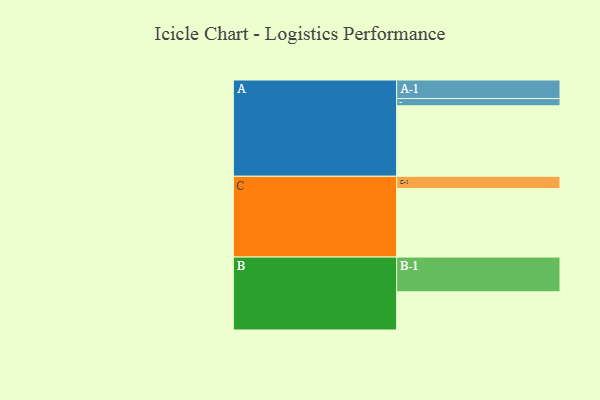
{"axis": {"x": "Segment", "y": "Value"}, "legend": ["", "A", "B", "C"], "data": [{"x": "A", "y": 570, "type": ""}, {"x": "B", "y": 309, "type": ""}, {"x": "C", "y": 554, "type": ""}, {"x": "A-1", "y": 150, "type": "A"}, {"x": "A-2", "y": 59, "type": "A"}, {"x": "B-1", "y": 281, "type": "B"}, {"x": "C-1", "y": 100, "type": "C"}]}